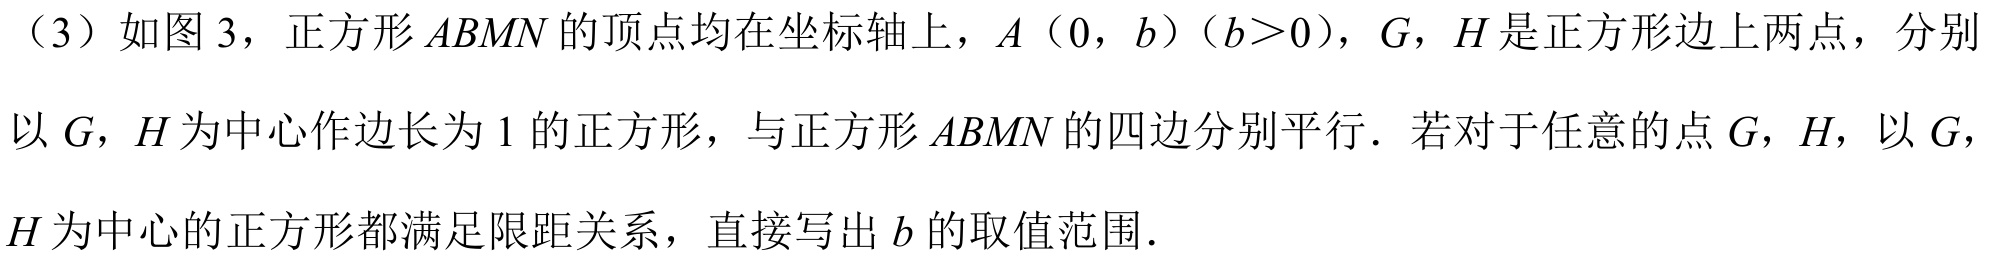
（3）如图 3，正方形\(ABMN\)的顶点均在坐标轴上，\(A(0,b)\)（\(b > 0\)），\(G\)，\(H\)是正方形边上两点，分别
以\(G\)，\(H\)为中心作边长为\(1\)的正方形，与正方形\(ABMN\)的四边分别平行．若对于任意的点\(G\)，\(H\)，以\(G\)，
\(H\)为中心的正方形都满足限距关系，直接写出\(b\)的取值范围．